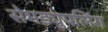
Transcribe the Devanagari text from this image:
सेमड्युपलिंग